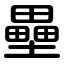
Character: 壘